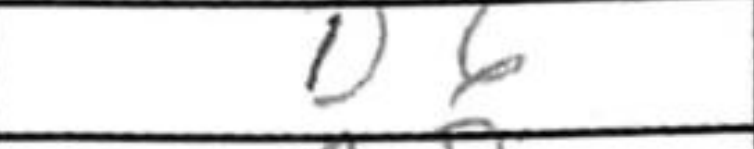
Transcription: d6